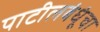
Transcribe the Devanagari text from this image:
पाटीलबंधूंचा